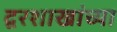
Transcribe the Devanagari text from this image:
द्वरशाखांच्या